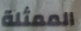
الممثلة